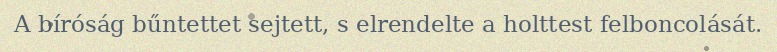
A bíróság bűntettet sejtett, s elrendelte a holttest felboncolását.